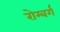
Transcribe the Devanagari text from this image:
रोम्बर्ग